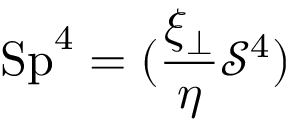
\mathrm { S p } ^ { 4 } = ( \frac { \xi _ { \perp } } { \eta } \mathcal { S } ^ { 4 } )